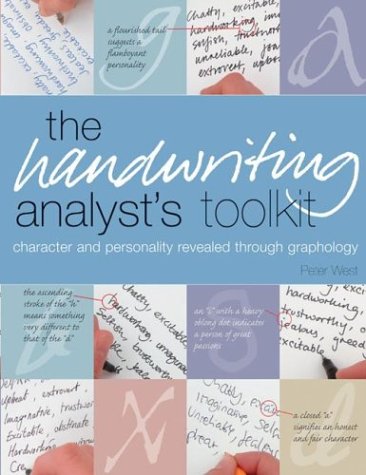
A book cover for The Handwriting Analyst's Toolkit: Character and Personality Revealed Through Graphology; Peter West; Self-Help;